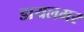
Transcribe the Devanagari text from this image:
डायलमर